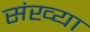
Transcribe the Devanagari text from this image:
संख्या